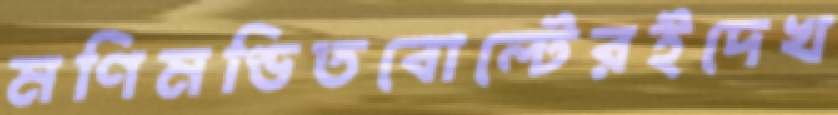
মণিমণ্ডিতবোল্টেরইদেখ